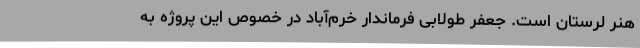
هنر لرستان است. جعفر طولابی فرماندار خرم‌آباد در خصوص این پروژه به